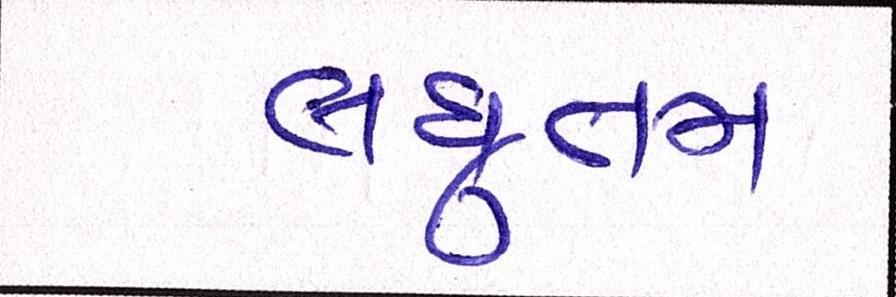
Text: લઘુત્તમ